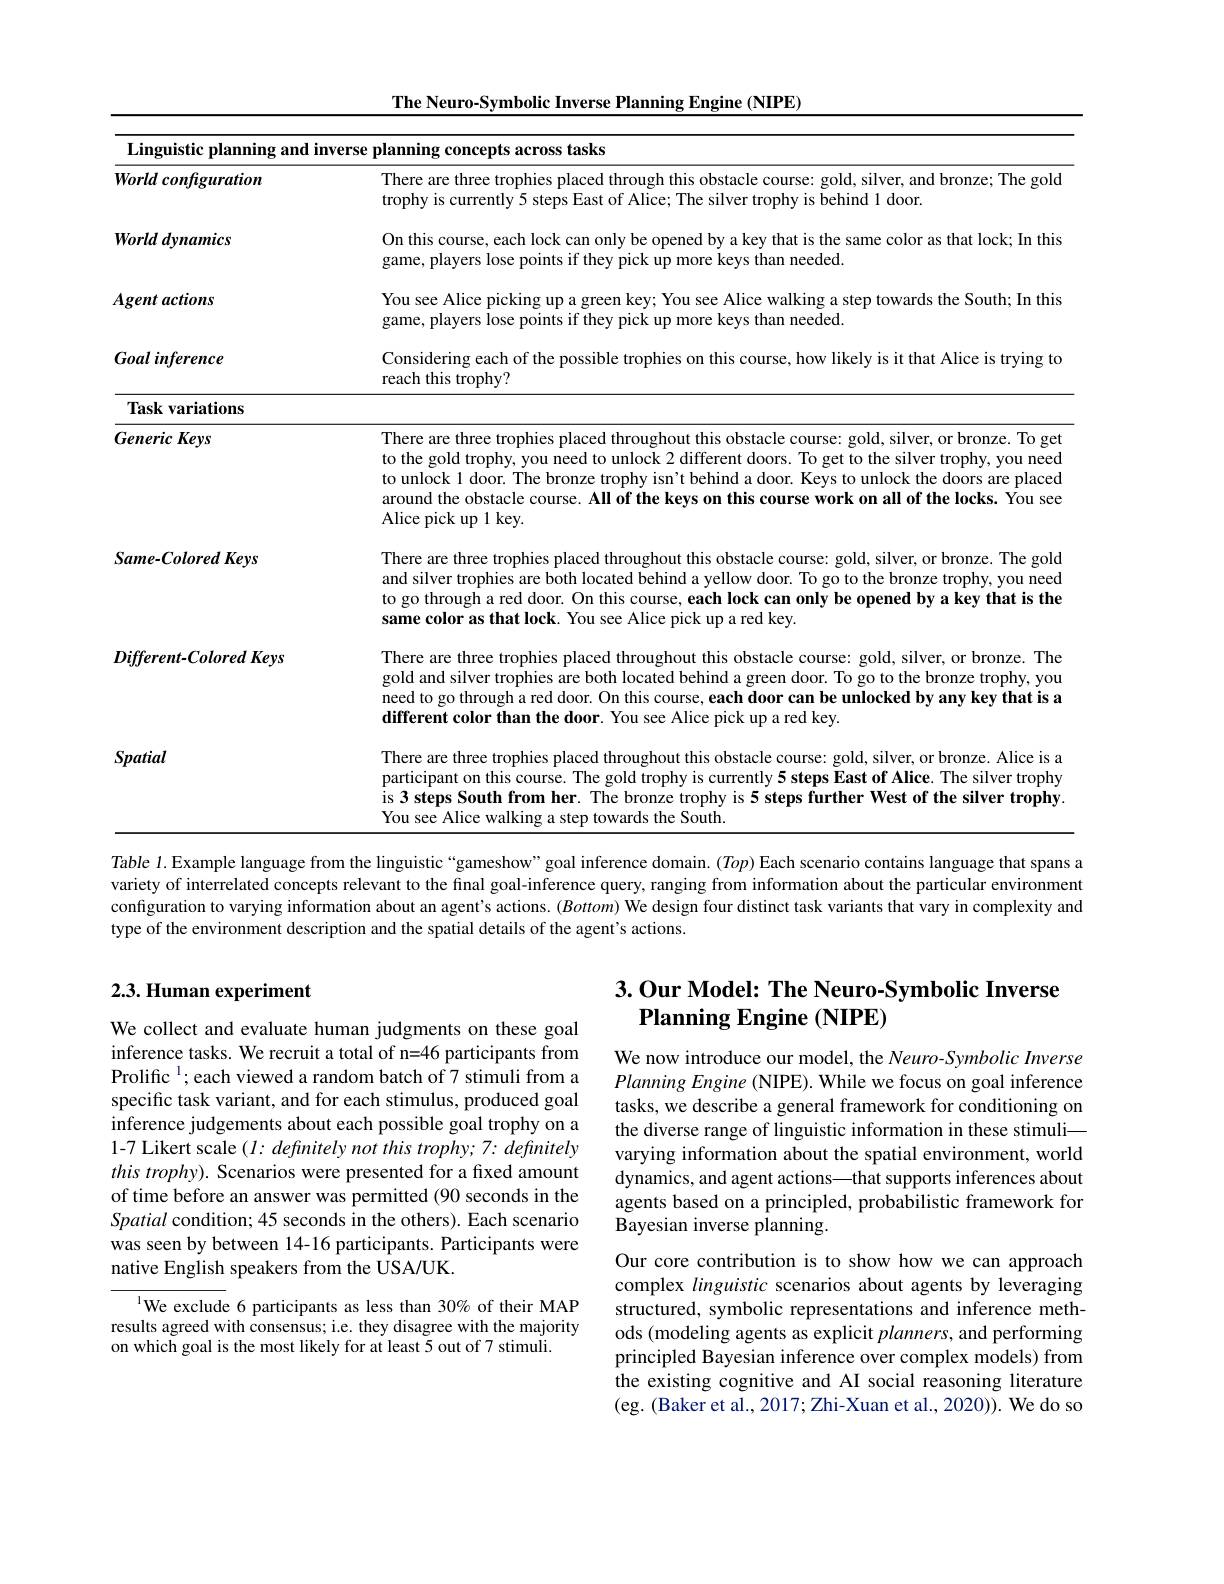
$\mathbf{Neuro-Svmbolic}$Inverse
<table>
	<tbody>
		<tr>
			<th colspan="2">Linguistic planning and inverse planning concepts across tasks</th>
		</tr>
		<tr>
			<th>World configuration</th>
			<th>There are three trophies placed through this obstacle course: gold, silver, and bronze; The goldis pres placed through this obstacle course: gold, silver, and bronze; The goldis pres pres placed through this obstacle course: gold, silver, and bronze; The trophy is currently 5 steps East of Alice; The silver trophy is behind 1 door.</th>
		</tr>
		<tr>
			<td>World dynamics</td>
			<td>On this course, each lock can only be opened by a key that is the same color as that lock; In this game, players lose points if they pick up more keys than needed.</td>
		</tr>
		<tr>
			<td>Agent actions</td>
			<td>You see Alice picking up a green key; You see Alice walking a step towards the South; In this game, players lose points if they pick up more keys than needed.</td>
		</tr>
		<tr>
			<td>Goal inference</td>
			<td>Considering each of the possible trophies on this course, how likely is it that Alice is trying to reach this trophy?</td>
		</tr>
		<tr>
			<td>Task variations</td>
			<td> </td>
		</tr>
		<tr>
			<td>Generic Keys</td>
			<td>There are three trophies placed throughout this obstacle course: gold, silver, or bronze. To ger to the gold trophy, you need to unlock 2 different doors. To get to the silver trophy, you need to unlock 1 door. The bronze trophy isn't behind a door. Keys to unlock the doors are placec Alice pick up 1 key. around the obstacle course. All of the keys on this course work on all of the locks. You see</td>
		</tr>
		<tr>
			<td>Same-Colored Keys</td>
			<td>There are three trophies placed throughout this obstacle course: gold, silver, or bronze. The golo and silver trophies are both located behind a yellow door. To go to the bronze trophy, you need to go through a red door. On this course, each lock can only be opened by a key that is the same color as that lock. You see Alice pick up a red key.</td>
		</tr>
		<tr>
			<td>$Different-ColoredKeys$</td>
			<td>There are three trophies placed throughout this obstacle course: gold, silver, or bronze. The gold and silver trophies are both located behind a green door. To go to the bronze trophy, you different color than the door. You see Alice pick up a red key. need to go through a red door. On this course, each door can be unlocked by any key that is a</td>
		</tr>
		<tr>
			<td>Spatial</td>
			<td>There are three trophies placed throughout this obstacle course: gold, silver, or bronze. Alice is $a$ participant on this course. The gold trophy is currently 5 steps East of Alice. The silver trophy is 3 ster South from her The hronze stens further</td>
		</tr>
	</tbody>
</table>

You see Alice walking a step towards the South.

Table 1. Example language from the linguistic “gameshow”goal inference domain. $(Top)$ Each scenario contains language that spans a variety of interrelated concepts relevant to the final goal-inference query, ranging from information about the particular environment configuration to varying information about an agent's actions. $(Bottom)$ We design four distinct task varriants that vary in complexity and type of the environment description and the spatial details of the agent's actions

## 2.3. Human experiment

## $3. \textbf{Our Model: The Neuro- Symbolic Inverse}$ $\textbf{Planning Engine ( NIPE) }$

We now introduce our model, the Neuro-Symbolic Inverse PlanningEngine (NIPE). While we focus on goal inference tasks, we describe a general framework for conditioning on the diverse range of linguistic information in these stimuli— varying information about the spatial environment, world dynamics, and agent actions—that supports inferences about agents based on a principled, probabilistic framework for Bayesian inverse planning.

We collect and evaluate human judgments on these goal inference tasks. We recruit a total of n=46 participants from Prolific $^1;$each viewed a random batch of 7 stimuli from a specific task variant, and for each stimulus, produced goal inference judgements about each possible goal trophy on a 1-7 Likert scale $(l:definitelynotthistrophy;7:definitely$ this trophy). Scenarios were presented for a fixed amount of time before an answer was permitted (90 seconds in the Spatial condition; 45 seconds in the others). Each scenario was seen by between 14-16 participants. Participants were native English speakers from the USA/UK.

lWe exclude 6 participants as less than 30% of their MAP results agreed with consensus; i.e. they disagree with the majority on which goal is the most likely for at least 5 out of 7 stimuli.

Our core contribution is to show how we can approach complex linguistic scenarios about agents by leveraging structured, symbolic representations and inference methods (modeling agents as explicit planners, and performing principled Bayesian inference over complex models) from the existing cognitive and AI social reasoning literature (eg. (Baker et al., 2017; Zhi-Xuan et al., 2020)). We do so